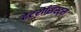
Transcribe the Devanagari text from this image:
हेटरोसिस्ट्स